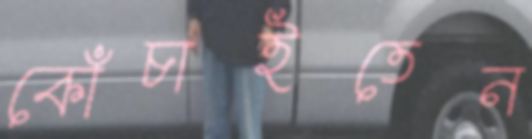
কোঁচাইতেন